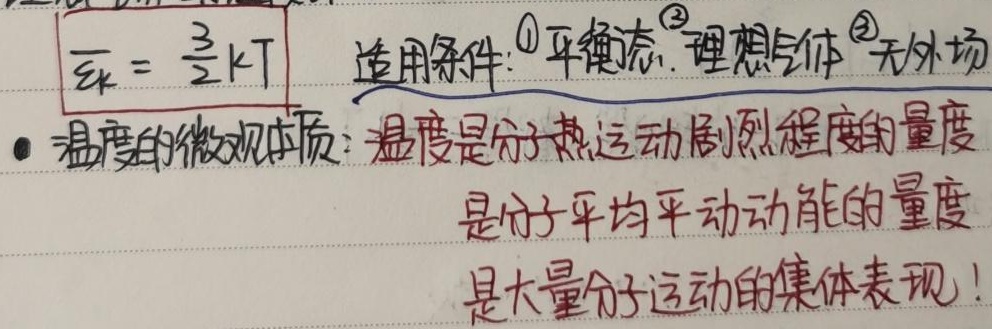
\[\overline{\varepsilon_{k}} = \frac{3}{2}kT\]
适用条件：\textcircled{1}平衡态 \textcircled{2}理想气体 \textcircled{3}无外场
- 温度的微观本质：温度是分子热运动剧烈程度的量度
是分子平均平动动能的量度
是大量分子运动的集体表现！